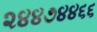
૨૪૪૭૪૪૬૬